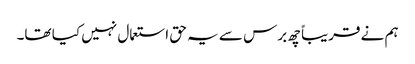
ہم نے قریباً چھ برس سے یہ حق استعمال نہیں کیا تھا۔